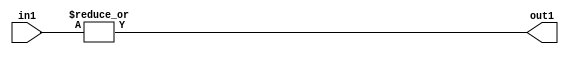
`timescale 1ps / 1ps
/*****************************************************************************
    Verilog RTL Description
    
    
    Created by: Stratus DpOpt 2019.1.01 
*******************************************************************************/

module pe_array_OrReduction_7U_1U_4 (
	in1,
	out1
	); /* architecture "behavioural" */ 
input [6:0] in1;
output  out1;
wire  asc001;

assign asc001 = 
	(|in1);

assign out1 = asc001;
endmodule

/* CADENCE  urb3Qgw= : u9/ySgnWtBlWxVPRXgAZ4Og= ** DO NOT EDIT THIS LINE ******/